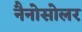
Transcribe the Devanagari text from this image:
नैनोसोलर